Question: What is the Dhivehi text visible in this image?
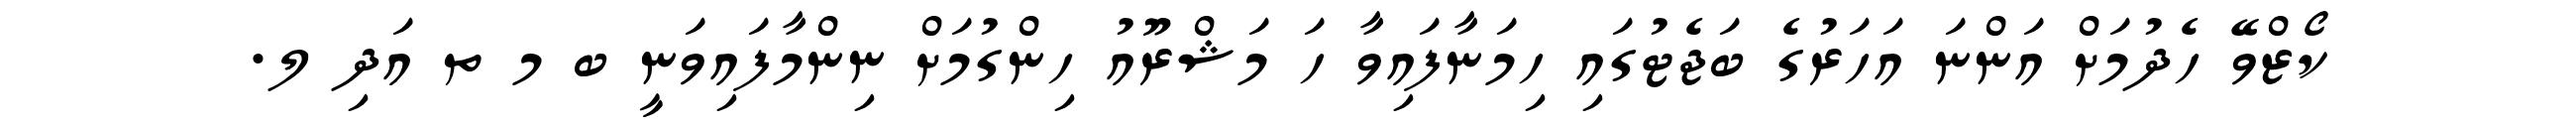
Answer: ކޯޒްވޭ ހެދުމަށް އަންނަ އަހަރުގެ ބަޖެޓުގައި ހިމަނާފައިވާ ހަ މަޝްރޫއު ހިންގުމަށް ނިންމާފައިވަނީ ބ މ ތ އަދި ލ.